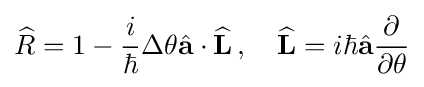
{\widehat {R}}=1-{\frac {i}{\hbar }}\Delta \theta {\hat {\mathbf {a} }}\cdot {\widehat {\mathbf {L} }}\,,\quad {\widehat {\mathbf {L} }}=i\hbar {\hat {\mathbf {a} }}{\frac {\partial }{\partial \theta }}